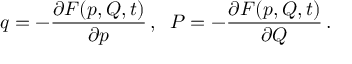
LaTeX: q = - \frac { \partial F ( p , Q , t ) } { \partial p } \, , \; \; P = - \frac { \partial F ( p , Q , t ) } { \partial Q } \, .